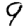
Digit: 9